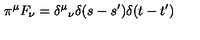
\pi ^ { \mu } F _ { \nu } = { \delta ^ { \mu } } _ { \nu } \delta ( s - s ^ { \prime } ) \delta ( t - t ^ { \prime } )